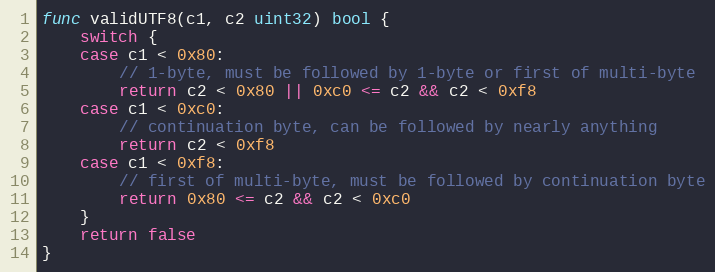
Language: Go
func validUTF8(c1, c2 uint32) bool {
	switch {
	case c1 < 0x80:
		// 1-byte, must be followed by 1-byte or first of multi-byte
		return c2 < 0x80 || 0xc0 <= c2 && c2 < 0xf8
	case c1 < 0xc0:
		// continuation byte, can be followed by nearly anything
		return c2 < 0xf8
	case c1 < 0xf8:
		// first of multi-byte, must be followed by continuation byte
		return 0x80 <= c2 && c2 < 0xc0
	}
	return false
}